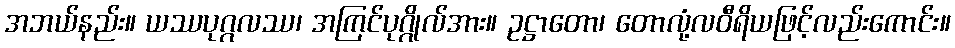
အဘယ်နည်း။ ယဿပုဂ္ဂလဿ၊ အကြင်ပုဂ္ဂိုလ်အား။ ဥဋ္ဌာတော၊ တောလုံ့လဝီရိယဖြင့်လည်းကောင်း။